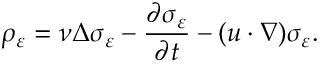
\rho _ { \varepsilon } = \nu \Delta \sigma _ { \varepsilon } - \frac { \partial \sigma _ { \varepsilon } } { \partial t } - ( u \cdot \nabla ) \sigma _ { \varepsilon } .